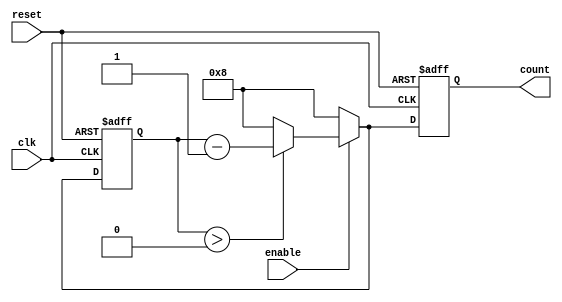
module timing_control_sync (
    input wire clk,
    input wire reset,
    input wire enable,
    output reg [7:0] count
);

parameter N = 8;
reg [7:0] preset_count;

always @ (posedge clk or posedge reset) begin
    if (reset) begin
        preset_count <= N;
        count <= N;
    end else if (enable) begin
        if (preset_count > 0) begin
            preset_count <= preset_count - 1;
            count <= preset_count - 1;
        end else begin
            preset_count <= N;
            count <= N;
        end
    end else begin
        preset_count <= N;
        count <= N;
    end
end

endmodule